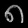
Digit: ၈